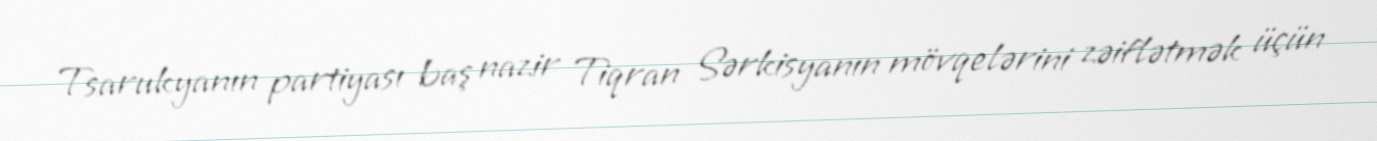
Tsarukyanın partiyası baş nazir Tiqran Sərkisyanın mövqelərini zəiflətmək üçün